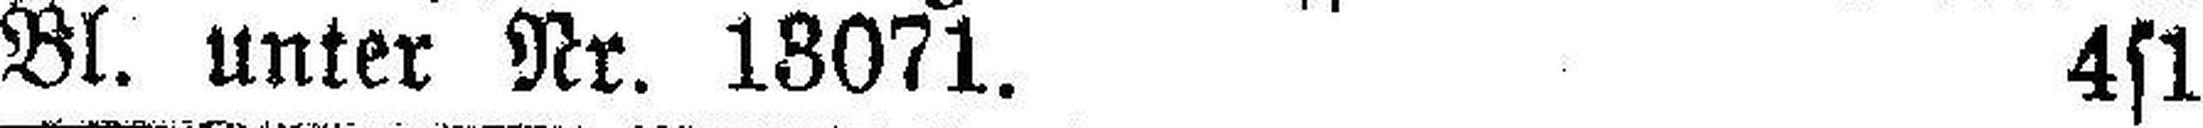
Bl. unter Nr. 18071. 4s1